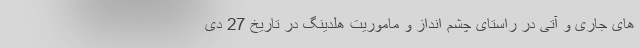
های جاری و آتی در راستای چشم انداز و ماموریت هلدینگ در تاریخ 27 دی